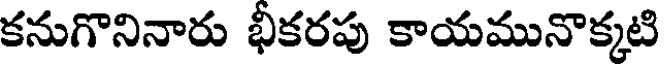
కనుగొనినారు భీకరపు కాయమునొక్కటి